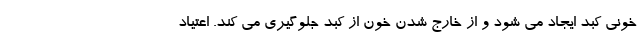
خونی کبد ایجاد می شود و از خارج شدن خون از کبد جلوگیری می کند. اعتیاد